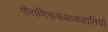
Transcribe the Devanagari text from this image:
पौराणिककथाकहानियों